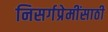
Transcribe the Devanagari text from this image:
निसर्गप्रेमींसाठी